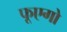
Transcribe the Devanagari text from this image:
फूएगो